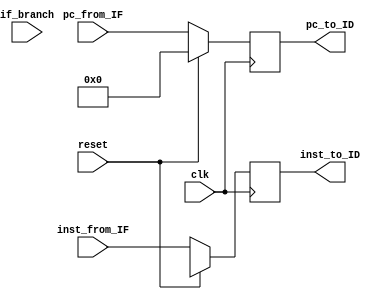
module pipe_IF_ID (
    input  reset, clk,
    input[31:0] inst_from_IF,
    input[31:0] pc_from_IF,
                        //boolean type
    input if_branch,  // to check branch is coming from decode stage or not
    /*********Changed**********/
   // input[4:0] stall_code, 
    /**************************/
    output reg[31:0] pc_to_ID,
    output reg [31:0] inst_to_ID 
);

    always @(posedge clk ) begin
        if (reset  /*||(stall_code[2]==0 && stall_code[1]==1) */) begin
            pc_to_ID <= 0;
            inst_to_ID <= 32'hx;
        end
        else begin
            pc_to_ID <= pc_from_IF;
            inst_to_ID <= inst_from_IF;
        end
    end
    
endmodule